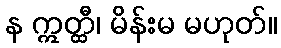
န ဣတ္ထီ၊ မိန်းမ မဟုတ်။